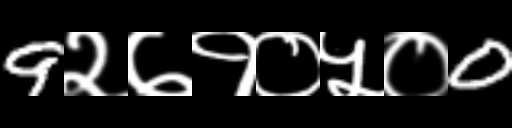
Text: 9२७१०५०0